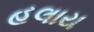
હલાય